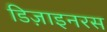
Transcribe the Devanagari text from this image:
डिज़ाइनरस